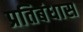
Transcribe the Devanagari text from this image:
प्रतिबंधास